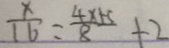
\frac { x } { 1 6 } = \frac { 4 x + 5 } { 8 } + 2